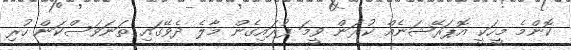
ކޮންމެ މީހަކީ އޮޕަރޭޝަނެއް ކުރަން ވީމަ ފުރައިގެން މާލެ ދެވޭގައި ތަނަވަސްކަން ހުރި